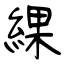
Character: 綶